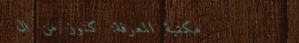
مكتبة المعرفة: كنوز من ال